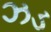
ઝડ